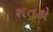
શતકો